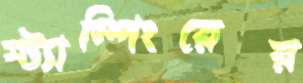
স্ট্যাম্পিংয়ের